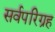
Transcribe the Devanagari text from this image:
सर्वपरिग्रह